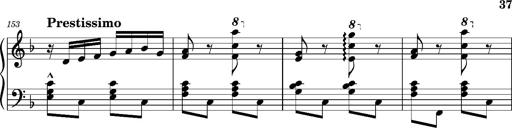
Title: Ungarischer Romanzero
Composer: Franz Liszt